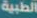
الطبية